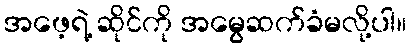
အဖေ့ရဲ့ ဆိုင်ကို အမွေဆက်ခံမလို့ပါ။